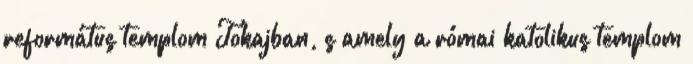
református templom Tokajban, s amely a római katolikus templom